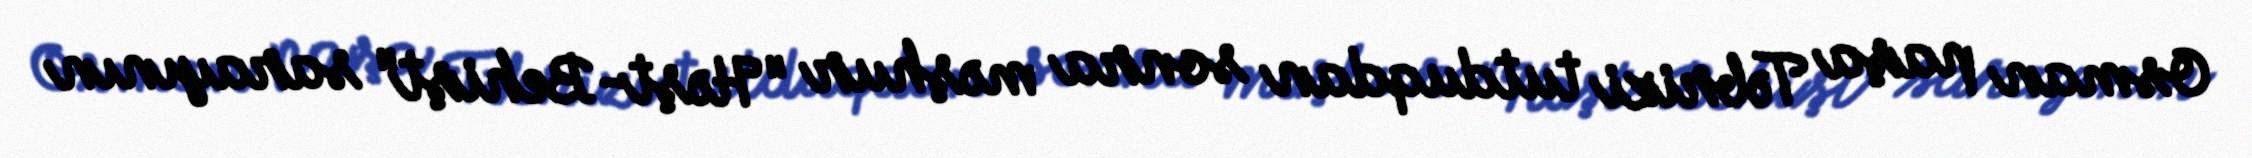
Osman paşa Təbrizi tutduqdan sonra məşhur "Həşt-Behişt" sarayının